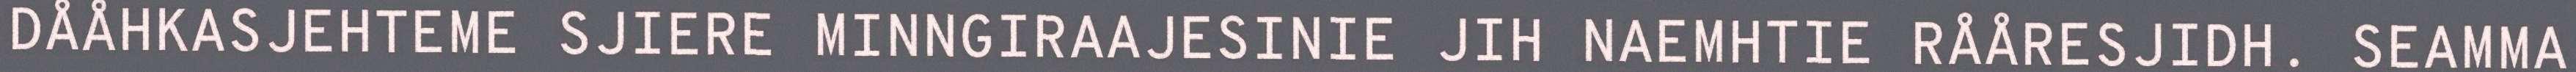
DÅÅHKASJEHTEME SJIERE MINNGIRAAJESINIE JIH NAEMHTIE RÅÅRESJIDH. SEAMMA